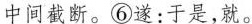
中间截断。⑥遂：于是，就。